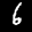
Label: 6